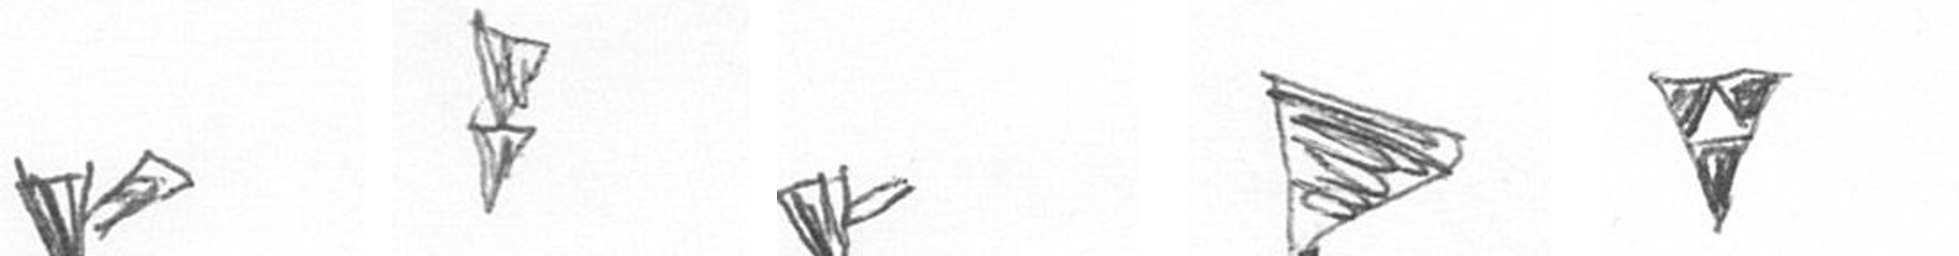
F Z F T S